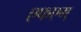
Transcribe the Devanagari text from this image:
एफएम्